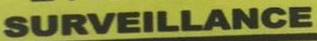
SURVEILLANCE